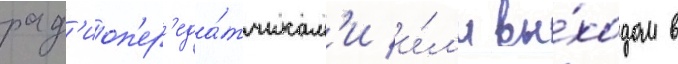
рад'иоп'ер'еда́тчикам'и и́л'и вы́ходом в